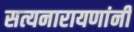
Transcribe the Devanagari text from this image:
सत्यनारायणांनी